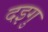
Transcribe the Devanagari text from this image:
दइगु